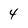
Character: 4